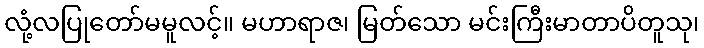
လုံ့လပြုတော်မမူလင့်။ မဟာရာဇ၊ မြတ်သော မင်းကြီးမာတာပိတူသု၊